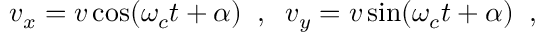
v _ { x } = v \cos ( \omega _ { c } t + \alpha ) \; \; , \; \; v _ { y } = v \sin ( \omega _ { c } t + \alpha ) \; \; ,